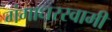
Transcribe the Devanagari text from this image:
गंगाधरस्वामी